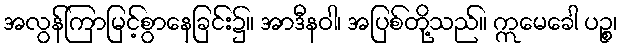
အလွန်ကြာမြင့်စွာနေခြင်း၌။ အာဒီနဝါ၊ အပြစ်တို့သည်။ ဣမေခေါ ပဉ္စ၊